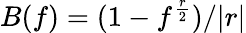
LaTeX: B(f)=(1-f^{\frac{r}{2}})/|r|